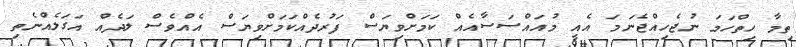
ތިމާ ހިތްހަމަ ނުޖެހިއްޖެނަމަ އެއީ މުއައްސަސާއެއް ކަމަށްވިޔަސް ފަރުދެއްކަމަށްވިޔަސް އެއްވެސް ލަދެއް އަގަލެއްނެތި